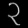
Digit: ၃